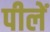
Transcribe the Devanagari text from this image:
पीलें